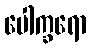
ပေါက္ခရော